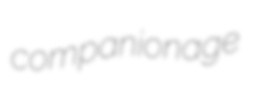
companionage